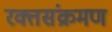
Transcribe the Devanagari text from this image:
रक्तसंक्रमण